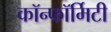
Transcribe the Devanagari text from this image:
कॉन्फॉर्मिटी